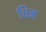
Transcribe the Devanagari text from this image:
चिम